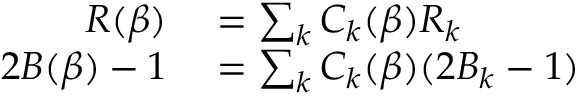
\begin{array} { r l } { R ( \beta ) } & { { } = \sum _ { k } C _ { k } ( \beta ) R _ { k } } \\ { 2 B ( \beta ) - 1 } & { { } = \sum _ { k } C _ { k } ( \beta ) ( 2 B _ { k } - 1 ) } \end{array}